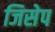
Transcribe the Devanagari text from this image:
जिसेप